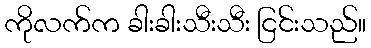
ကိုလက်က ခါးခါးသီးသီး ငြင်းသည်။